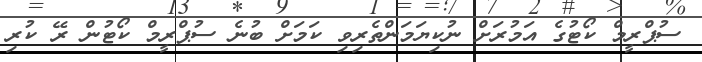
ސުޕްރީމް ކޯޓުގެ އަމުރަށް ނުކިޔަމަންތެރިވި ކަމަށް ބުނެ ސުޕްރީމް ކޯޓުން ރޭ ކުރި